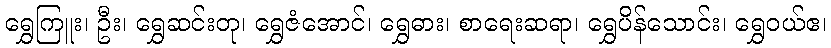
ရွှေကြူး၊ ဦး၊ ရွှေဆင်းတု၊ ရွှေဇံအောင်၊ ရွှေဓား၊ စာရေးဆရာ၊ ရွှေပိန်သောင်း၊ ရွှေဝယ်ဧ၊